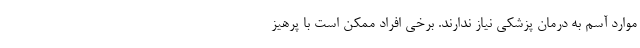
موارد آسم به درمان پزشکی نیاز ندارند. برخی افراد ممکن است با پرهیز